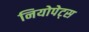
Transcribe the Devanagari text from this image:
नियोपेट्स